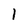
Character: 1